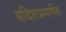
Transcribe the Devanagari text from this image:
सदिशप्रमाणेच